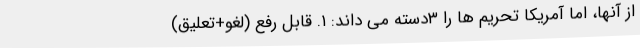
از آنها، اما آمریکا تحریم ها را ۳دسته می داند: ۱. قابل رفع (لغو+تعلیق)